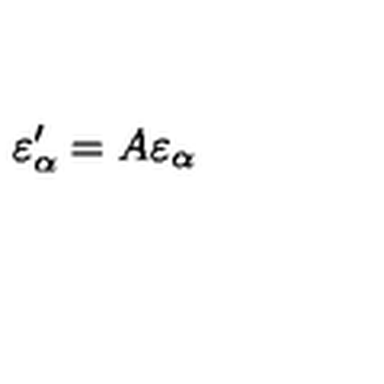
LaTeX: \varepsilon _ { \alpha } ^ { \prime } = A \varepsilon _ { \alpha }